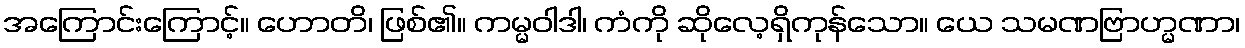
အကြောင်းကြောင့်။ ဟောတိ၊ ဖြစ်၏။ ကမ္မဝါဒါ၊ ကံကို ဆိုလေ့ရှိကုန်သော။ ယေ သမဏဗြာဟ္မဏာ၊